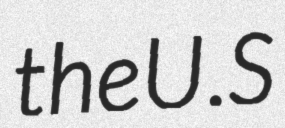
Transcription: the U.S